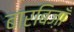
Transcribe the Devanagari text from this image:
बारबिज़ाँ